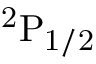
\mathrm { { } ^ { 2 } P _ { 1 / 2 } }